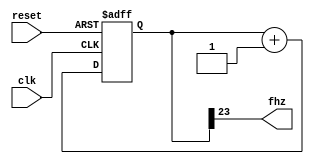
`timescale 1ns / 1ps
//////////////////////////////////////////////////////////////////////////////////

// Clock divider for any 100 Mhz FPGA board. Outputs a ~5.96 Hz clock.

//////////////////////////////////////////////////////////////////////////////////
module fast_clock(clk, fhz, reset);
    input wire clk;  // clock: 100Mhz
    input wire reset;
    output wire fhz; // 5.96 Hz
    
    // 24-bit counter variable
    reg [23:0] count; // clock divider counter
    
    // clk div counter
    always @ (posedge clk, posedge reset) 
    begin
            if (reset) count <= 0;

            // increment counter by one
            else count <= count + 1;
            
    end
    
    // 100Mhz (1e+8)  2^24 = 5.96
    assign fhz = count[23];


endmodule